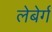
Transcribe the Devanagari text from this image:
लेबेर्ग